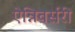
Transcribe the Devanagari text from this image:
ऐन्निवर्सरी